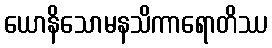
ယောနိသောမနသိကာရောတိဿ